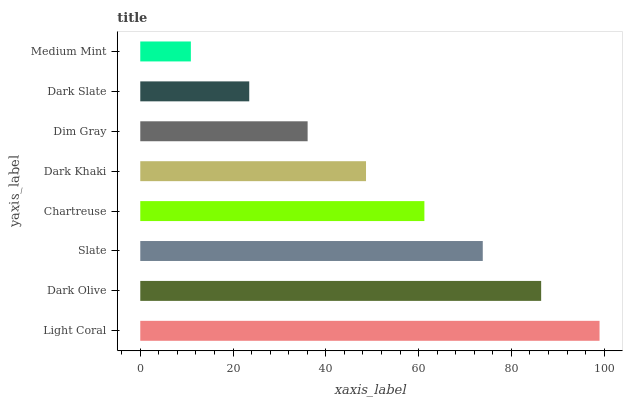
| yaxis_label | bars |
 | --- | --- |
 | Light Coral | 99 |
 | Dark Olive | 86.4 |
 | Slate | 73.8 |
 | Chartreuse | 61.2 |
 | Dark Khaki | 48.7 |
 | Dim Gray | 36.1 |
 | Dark Slate | 23.5 |
 | Medium Mint | 10.9 |